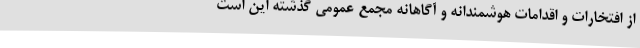
از افتخارات و اقدامات هوشمندانه و آگاهانه مجمع عمومی گذشته این است